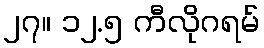
၂၇။ ၁၂.၅ ကီလိုဂရမ်